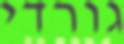
גורדי